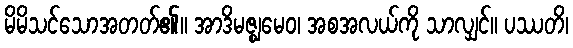
မိမိသင်သောအတတ်၏။ အာဒိမဇ္ဈမေဝ၊ အစအလယ်ကို သာလျှင်။ ပဿတိ၊